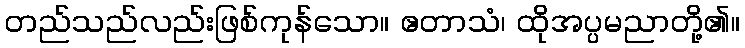
တည်သည်လည်းဖြစ်ကုန်သော။ ဧတာသံ၊ ထိုအပ္ပမညာတို့၏။